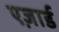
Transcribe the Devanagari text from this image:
एज़ार्ड